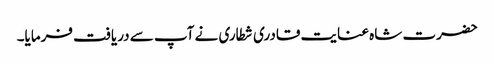
حضرت شاہ عنایت قادری شطاری نے آپ سے دریافت فرمایا۔